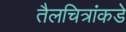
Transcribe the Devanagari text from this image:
तैलचित्रांकडे